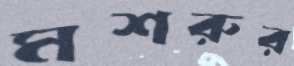
মশরুর